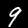
Label: 9